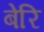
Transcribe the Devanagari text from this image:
बेरि